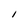
Character: I